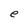
Character: e